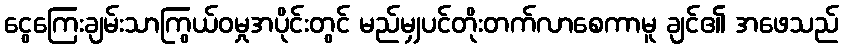
ငွေကြေးချမ်းသာကြွယ်ဝမှုအပိုင်းတွင် မည်မျှပင်တိုးတက်လာစေကာမူ ချင်၏ အဖေသည်